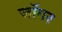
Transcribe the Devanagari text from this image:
जॉगर